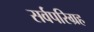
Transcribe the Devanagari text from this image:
सर्वपरिग्रह